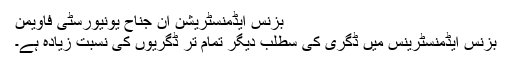
بزنس ایڈمنسٹریشن ان جناح یونیورسٹی فاویمن
بزنس ایڈمنسٹرینس میں ڈگری کی سطلب دیگر تمام تر ڈگریوں کی نسبت زیادہ ہے۔